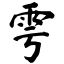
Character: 雩